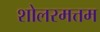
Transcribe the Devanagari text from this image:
शोलरमत्तम